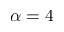
\alpha = 4